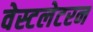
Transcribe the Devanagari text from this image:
वेस्टलेटरन